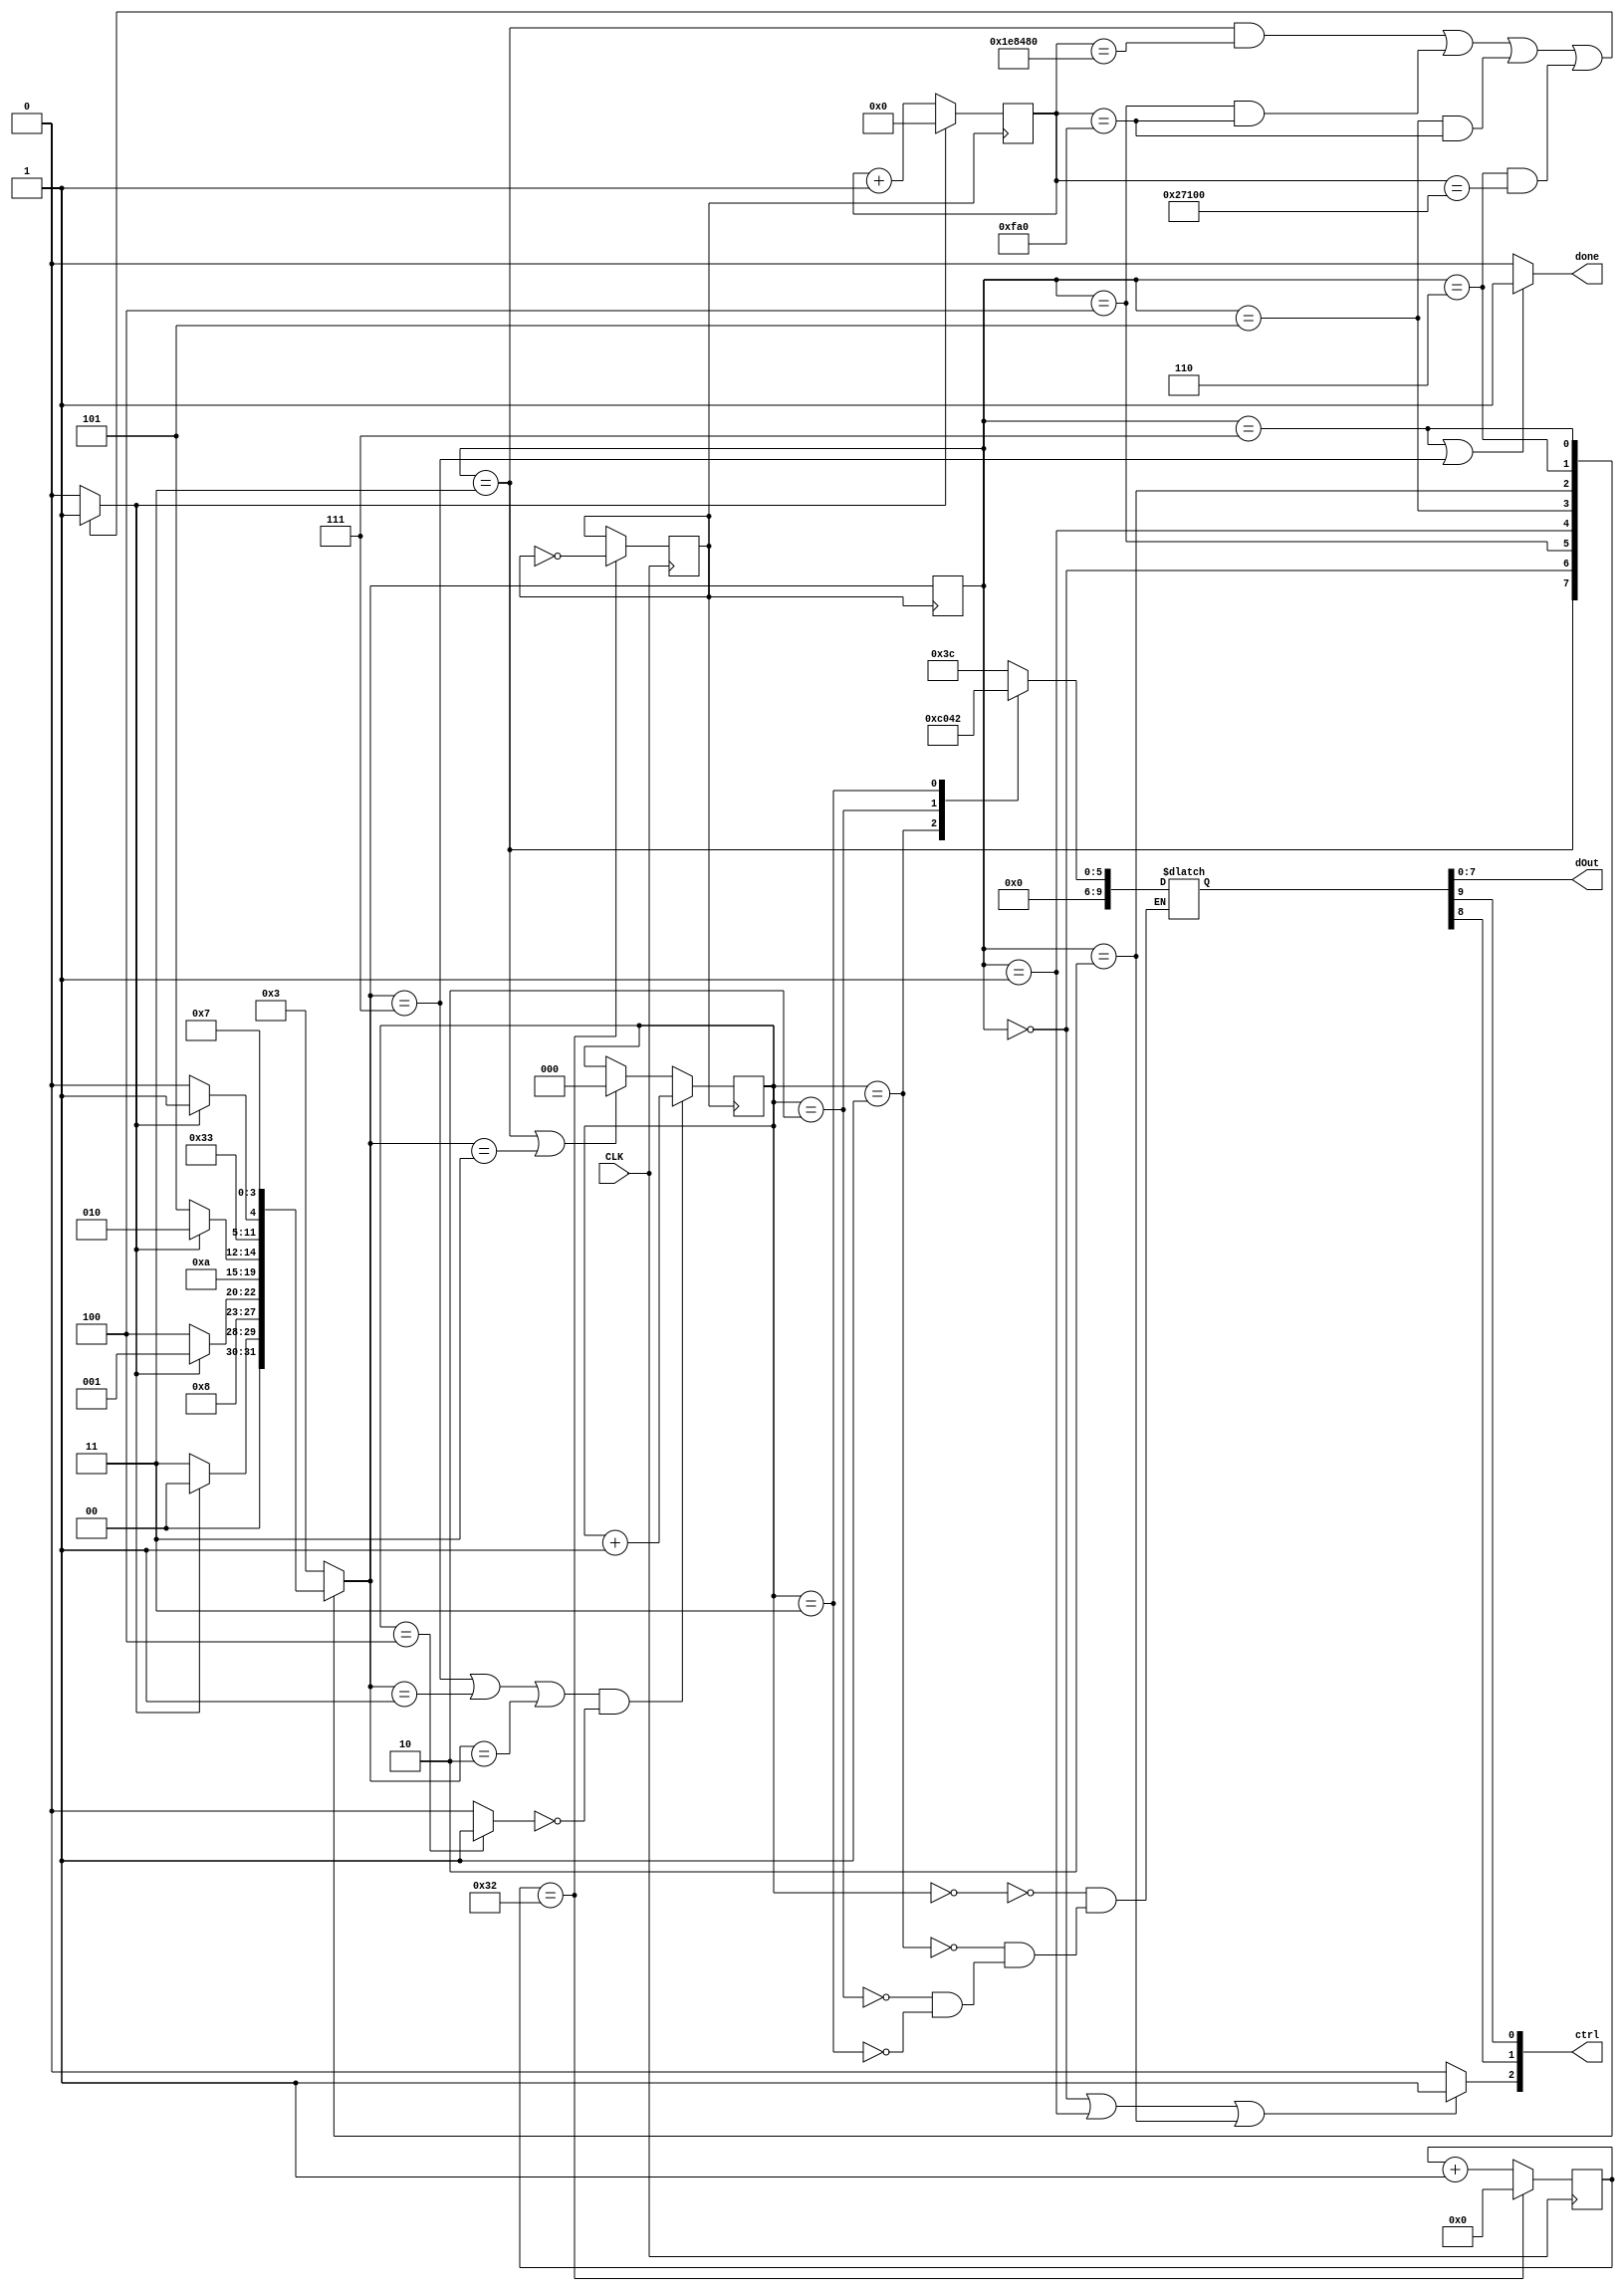
module Setup_LCD( CLK, dOut, ctrl, done );
    input CLK;              // on board 50 MHz clock
    output done;            // done signal for LCD setup
    output [ 7:0 ] dOut;    // data output
    output [ 2:0 ] ctrl;    // control output
    
    // registers, parameters & wires
    wire [ 7:0 ] dOut;
    wire [ 2:0 ] ctrl;
    
    //LCD control state machine
    parameter [ 2:0 ]  stFunctionSet = 0,                        // Initialization states
                        stDisplayCtrlSet = 1,
                        stDisplayClear = 2,
                        stPowerOn_Delay = 3,                    // Delay states
                        stFunctionSet_Delay = 4,
                        stDisplayCtrlSet_Delay = 5,
                        stDisplayClear_Delay = 6,
                        stInitDne = 7;
                        
    /* These constants are used to initialize the LCD pannel.
                        
        --  FunctionSet:
                            Bit 0 and 1 are arbitrary
                            Bit 2:  Displays font type(0=5x8, 1=5x11)
                            Bit 3:  Numbers of display lines (0=1, 1=2)
                            Bit 4:  Data length (0=4 bit, 1=8 bit)
                            Bit 5-7 are set
        --  DisplayCtrlSet:
                            Bit 0:  Blinking cursor control (0=off, 1=on)
                            Bit 1:  Cursor (0=off, 1=on)
                            Bit 2:  Display (0=off, 1=on)
                            Bit 3-7 are set
        --  DisplayClear:
                            Bit 1-7 are set    */
    reg [ 6:0 ] clkCount = 7'b0000000;
    reg [ 20:0 ] count = 21'b000000000000000000000;    // 21 bit count variable for timing delays
    wire delayOK;                                // High when count has reached the right delay time
    reg oneUSClk = 0;                                // Signal is treated as a 1 MHz clock    
    reg [ 3:0 ] stCur = stPowerOn_Delay;            // LCD control state machine
    reg [ 3:0 ] stNext;
    wire writeDone;                                    // Command set finish
    reg [ 9:0 ] LCD_CMDS;
    
    always @ ( lcd_cmd_ptr )
        case ( lcd_cmd_ptr )
            0: LCD_CMDS <= { 2'b00, 8'h3C }; // 0, Function Set
            1: LCD_CMDS <= { 2'b00, 8'h0C }; // 1, Display ON, Cursor OFF, Blink OFF
            2: LCD_CMDS <= { 2'b00, 8'h01 }; // 2, Clear Display
            3: LCD_CMDS <= { 2'b00, 8'h02 }; // 3, Return Home // initially 02...changing for funsies
        endcase
                
    reg [ 2:0 ] lcd_cmd_ptr;
    
    // This process counts to 100, and then resets.  It is used to divide the clock signal.
    // This makes oneUSClock peak aprox. once every 1microsecond
    always @ ( posedge CLK ) begin
	
        if( clkCount == 7'b0110010 ) begin // before was: 7'b1100100
            clkCount <= 7'b0000000;
            oneUSClk <= ~oneUSClk;
        end
			else begin
				clkCount <= clkCount + 1'b1;
			end
    
	end
    
    
	// This process increments the count variable unless delayOK = 1.
	always @ ( posedge oneUSClk ) begin

		if ( delayOK == 1'b1 ) begin
			count <= 21'b000000000000000000000;
		end
		else begin
			count <= count + 1'b1;
		end

	end
    
	// Determines when count has gotten to the right number, depending on the state.
	assign delayOK = (
				( ( stCur == stPowerOn_Delay ) && ( count == 21'b111101000010010000000 ) ) ||            // 2000000        -> 20 ms
				( ( stCur == stFunctionSet_Delay ) && ( count == 21'b000000000111110100000 ) ) ||        // 4000         -> 40 us
				( ( stCur == stDisplayCtrlSet_Delay ) && ( count == 21'b000000000111110100000 ) ) ||    // 4000         -> 40 us
				( ( stCur == stDisplayClear_Delay ) && ( count == 21'b000100111000100000000 ) )        // 160000         -> 1.6 ms
	) ? 1'b1 : 1'b0;
	
	// For simulation purposes
	/*assign delayOK = (
						( ( stCur == stPowerOn_Delay ) && ( count == 21'd2000 ) ) ||            // 2000000        -> 20 ms
						( ( stCur == stFunctionSet_Delay ) && ( count == 21'd4 ) ) ||        // 4000         -> 40 us
						( ( stCur == stDisplayCtrlSet_Delay ) && ( count == 21'd4) ) ||    // 4000         -> 40 us
						( ( stCur == stDisplayClear_Delay ) && ( count == 21'd160 ) ) ||        // 160000         -> 1.6 ms
						( ( stCur == stCharDelay ) && ( count == 21'd260 ) )                    // 260000        -> 2.6 ms - Max Delay for character writes and shifts
			) ? 1'b1 : 1'b0;*/
                    
	// writeDone goes high when all commands have been run    
	assign writeDone = ( lcd_cmd_ptr == 3'b100 ) ? 1'b1 : 1'b0; // need to change this or remove this maybe


	// Increments the pointer so the statemachine goes through the commands
	always @ ( posedge oneUSClk ) begin
		if ( ( stNext == stInitDne || stNext == stDisplayCtrlSet || stNext == stDisplayClear ) && writeDone == 1'b0 ) begin
			lcd_cmd_ptr <= lcd_cmd_ptr + 1'b1;
		end
		else if ( stCur == stPowerOn_Delay || stNext == stPowerOn_Delay ) begin
			lcd_cmd_ptr <= 5'b00000;
		end
		else begin
			lcd_cmd_ptr <= lcd_cmd_ptr;
		end
	end
        
	// This process runs the LCD state machine
	always @ ( posedge oneUSClk ) begin
		stCur <= stNext;
	end
        
    
	// This process generates the sequence of outputs needed to initialize and write to the LCD screen
	always @ ( stCur or delayOK or writeDone or lcd_cmd_ptr ) begin
		case ( stCur )
			// Delays the state machine for 20ms which is needed for proper startup.
			stPowerOn_Delay : 
			begin
				if ( delayOK == 1'b1 ) begin
					stNext <= stFunctionSet;
				end
				else begin
					stNext <= stPowerOn_Delay;
				end
			end
				
			// This issues the function set to the LCD as follows 
			// 8 bit data length, 1 lines, font is 5x8.
			stFunctionSet : 
			begin
				stNext <= stFunctionSet_Delay;
			end
			
			// Gives the proper delay of 37us between the function set and
			// the display control set.
			stFunctionSet_Delay : 
			begin
				if ( delayOK == 1'b1 ) begin
					stNext <= stDisplayCtrlSet;
				end
				else begin
						stNext <= stFunctionSet_Delay;
				end
			end
			
			// Issuse the display control set as follows
			// Display ON,  Cursor OFF, Blinking Cursor OFF.
			stDisplayCtrlSet : 
			begin
				stNext <= stDisplayCtrlSet_Delay;
			end

			// Gives the proper delay of 37us between the display control set
			// and the Display Clear command. 
			stDisplayCtrlSet_Delay : 
			begin
				if ( delayOK == 1'b1 ) begin
					stNext <= stDisplayClear;
				end
				else begin
					stNext <= stDisplayCtrlSet_Delay;
				end
			end
			
			// Issues the display clear command.
			stDisplayClear    : 
			begin
				stNext <= stDisplayClear_Delay;
			end

			// Gives the proper delay of 1.52ms between the clear command
			// and the state where you are clear to do normal operations.
			stDisplayClear_Delay : 
			begin
				if ( delayOK == 1'b1 ) begin
					stNext <= stInitDne;
				end
				else begin
					stNext <= stDisplayClear_Delay;
				end
			end
			
			// State for normal operations for displaying characters, changing the
			// Cursor position etc.
			stInitDne : 
			begin        
				stNext <= stInitDne;
			end

			default : stNext <= stPowerOn_Delay;

		endcase
	end
            
            
	// Assign outputs
	assign ctrl[ 0 ] = LCD_CMDS[ 9 ]; 
	assign ctrl[ 1 ] = LCD_CMDS[ 8 ]; 
	assign dOut = LCD_CMDS[ 7:0 ]; 
	assign ctrl[ 2 ] = ( stCur == stFunctionSet || stCur == stDisplayCtrlSet || stCur == stDisplayClear ) ? 1'b1 : 1'b0;
	assign done = ( stCur == stInitDne || stNext == stInitDne ) ? 1'b1 : 1'b0;
endmodule